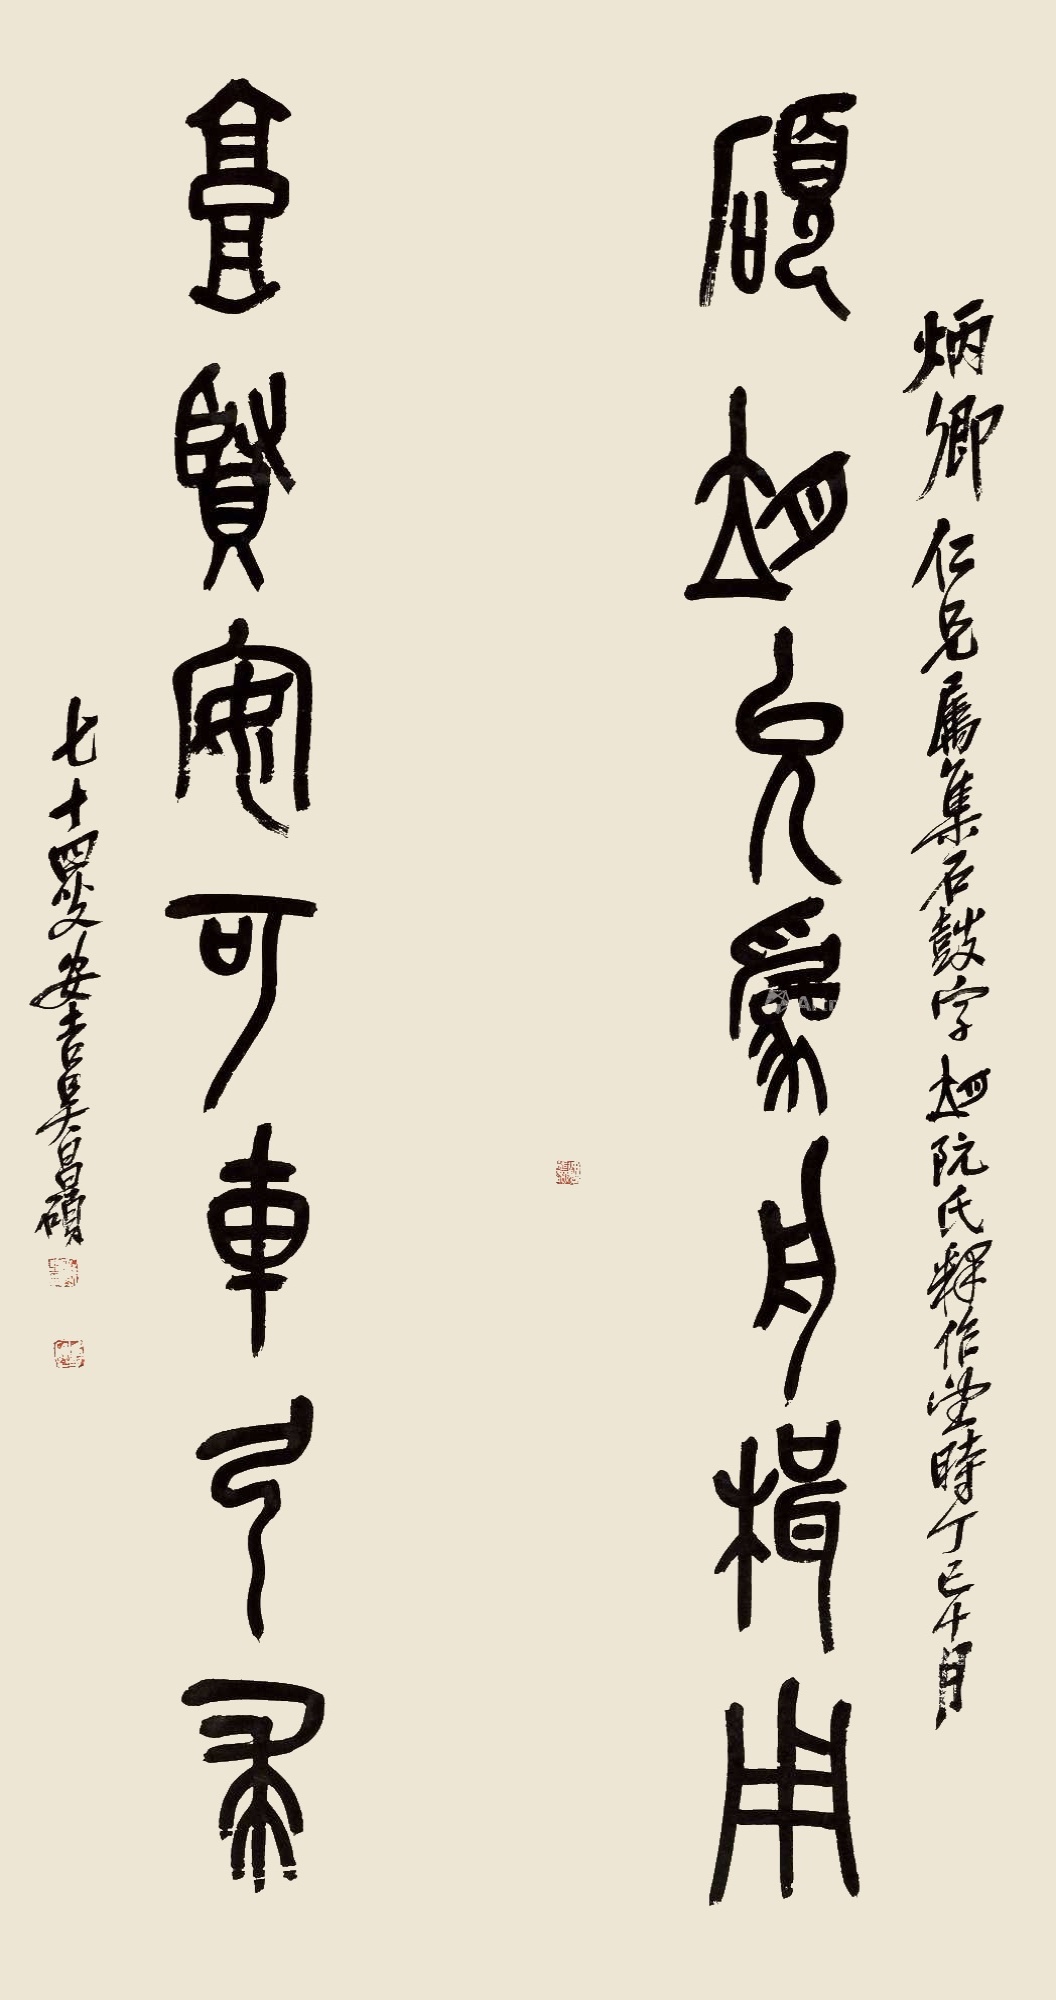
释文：硕望允为舟楫用，台贤安可车弓求。炳卿仁兄属集石鼓字，□阮氏释作望，时丁巳十月，七十四叟安吉吴昌硕。